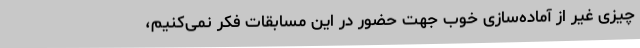
چیزی غیر از آماده‌سازی خوب جهت حضور در این مسابقات فکر نمی‌کنیم،